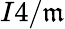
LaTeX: I4/\mathfrak{m}